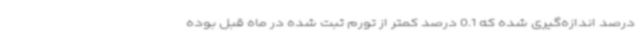
درصد اندازه‌گیری شده که 0.1 درصد کمتر از تورم ثبت شده در ماه قبل بوده